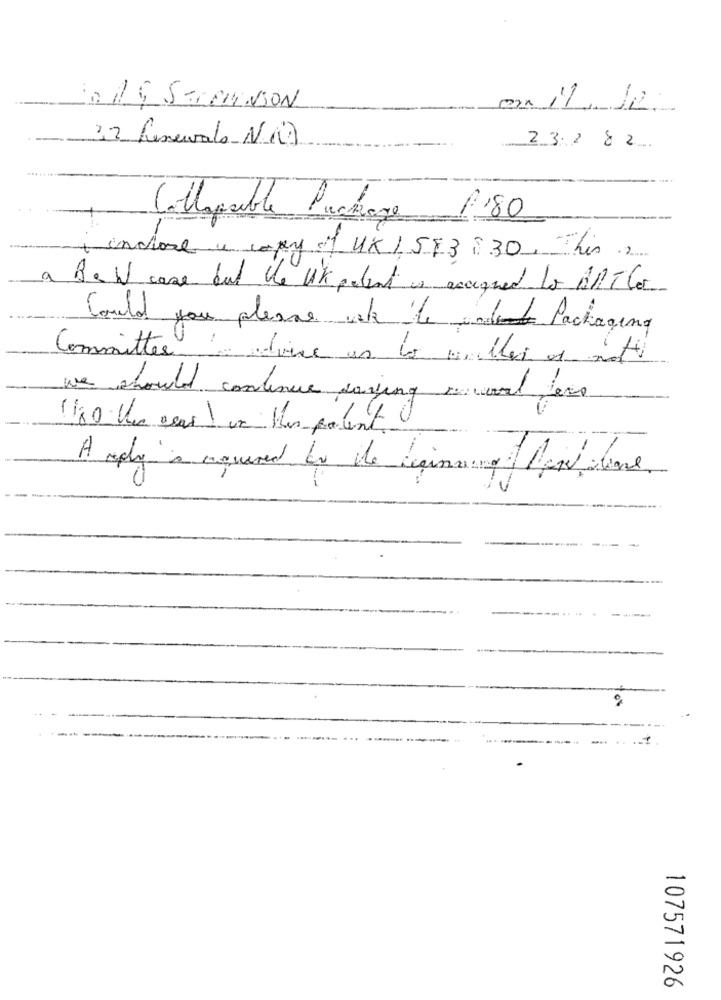
0 19 SERENSON
32 Lenuvole N.14
23.2 8 2
8,80
Collapsible Package
inclose a copy of UK 1 543 830. This
a
Be W case but the Uk polent is accused to BAT Co
Could you please ask the Packaging
Committee advice us to miller af not
we should continue saying ruwal ters
1180 Une vers ) ve Hus parlent
107571926